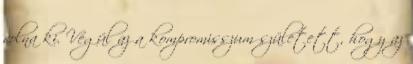
volna ki. Végül az a kompromisszum született, hogy az